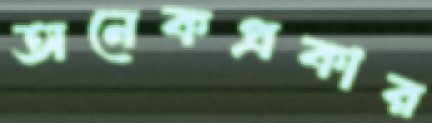
অনেকপ্রকার